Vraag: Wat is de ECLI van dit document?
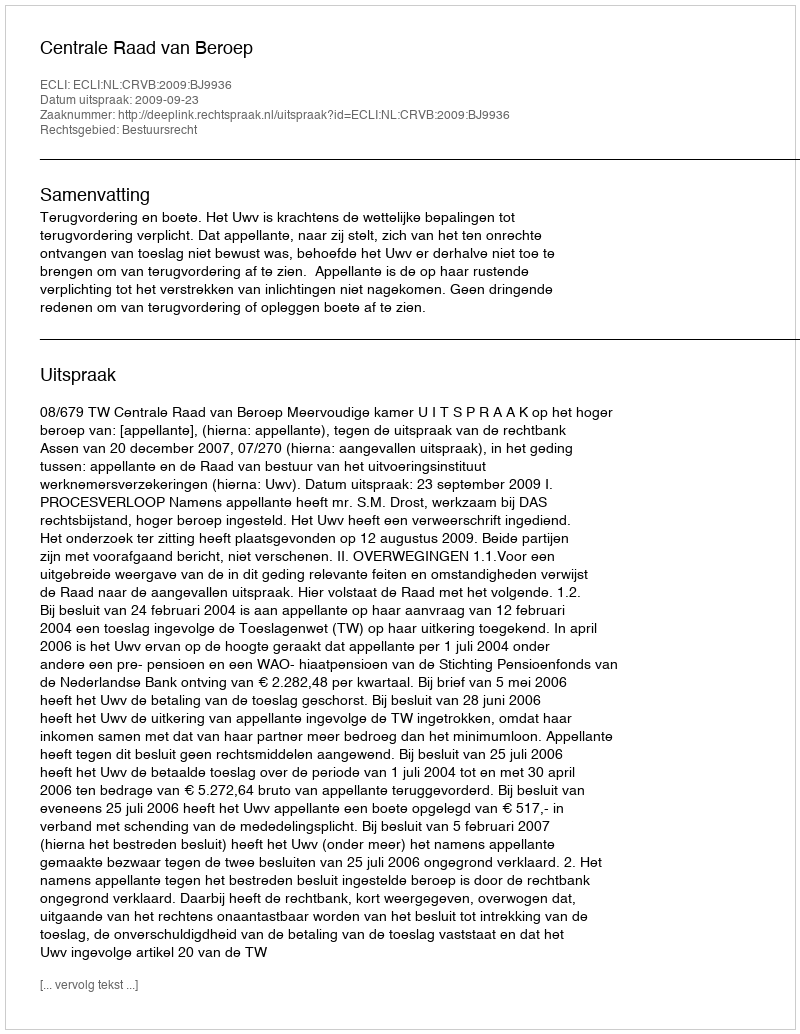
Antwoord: ECLI:NL:CRVB:2009:BJ9936